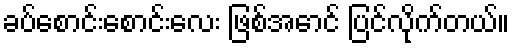
ခပ်စောင်းစောင်းလေး ဖြစ်အောင် ပြင်လိုက်တယ်။